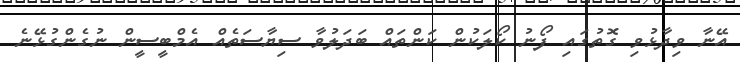
އޭނާ ވިދާޅުވި ގޮތުގައި ފޯނު ކޯލަކުން ކަންތައް ބަދަލުވާ ސިޔާސަތެއް އެމްބީސީން ނުގެންގުޅޭނެ